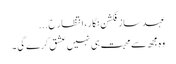
عہد ساز فکشن نگار، انتظار ح...
وہ مجھ سے محبت ہی نہیں عشق کرے گی ۔